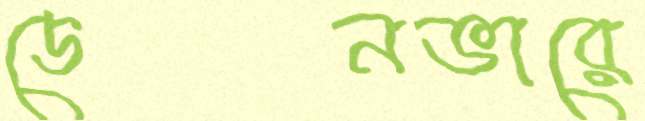
ডেনভারে